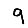
Digit: 9